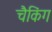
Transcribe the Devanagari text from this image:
चैकिंग